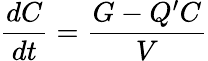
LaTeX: {\frac{dC}{dt}}={\frac{G-Q^{\prime}C}{V}}